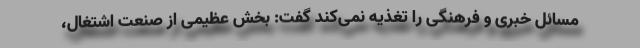
مسائل خبری و فرهنگی را تغذیه نمی‌کند گفت: بخش عظیمی از صنعت اشتغال،